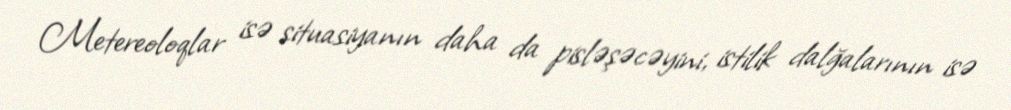
Metereoloqlar isə situasiyanın daha da pisləşəcəyini, istilik dalğalarının isə